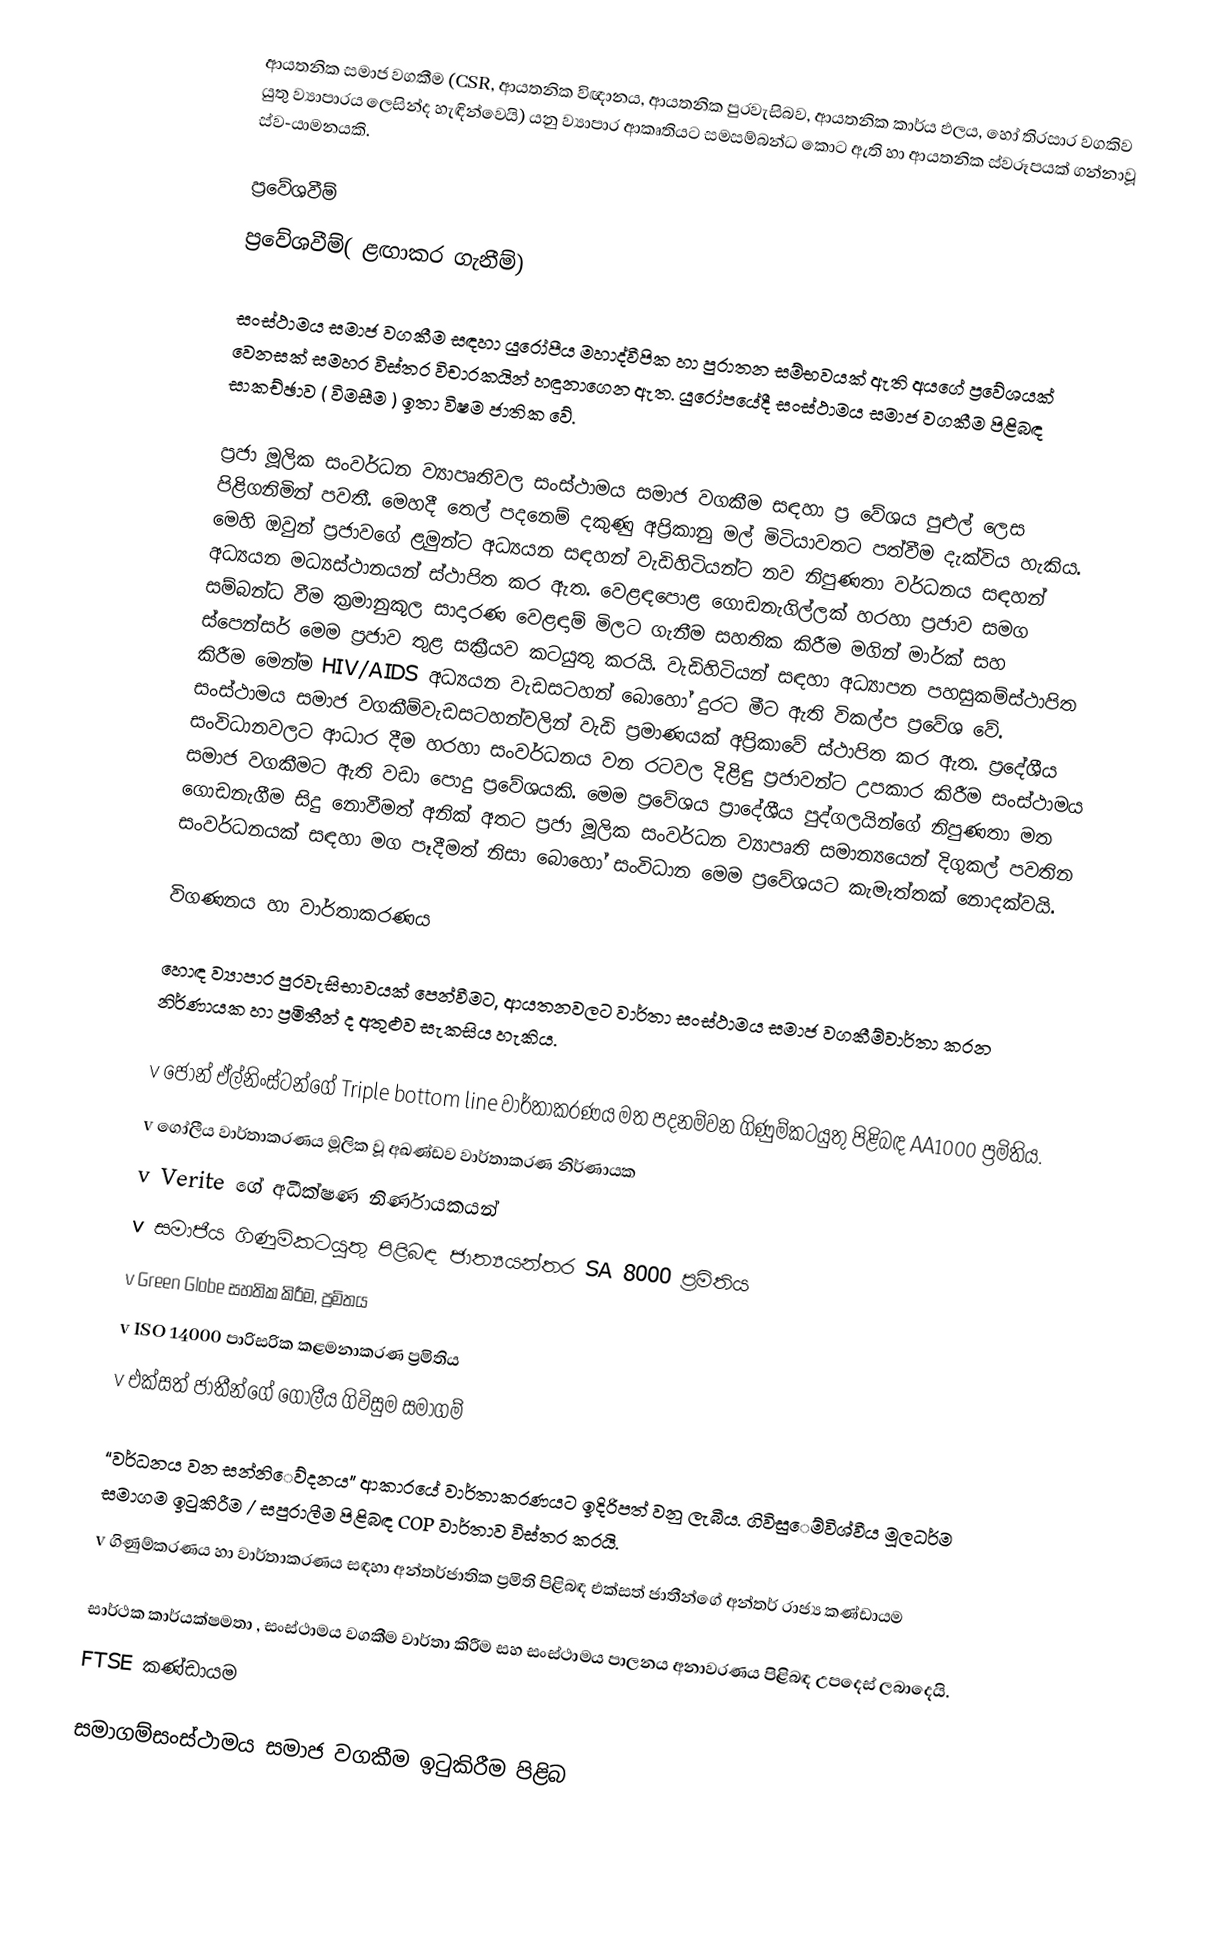
ආයතනික සමාජ වගකීම (CSR,  ආයතනික විඥානය, ආයතනික පුරවැසිබව, ආයතනික කාර්ය ඵලය, හෝ තිරසාර වගකිව යුතු ව්‍යාපාරය ලෙසින්ද හැඳින්වෙයි) යනු   ව්‍යාපාර ආකෘතියට සමසම්බන්ධ කොට ඇති හා  ආයතනික ස්වරූපයක් ගන්නාවූ ස්ව-යාමනයකි.

ප්‍රවේශවීම්‍
ප්‍රවේශවීම්‍( ළඟාකර ගැනීම්‍)

සංස්ථාමය සමාජ වගකීම සඳහා යුරෝපීය මහාද්වීපික හා පුරාතන සම්‍භවයක් ඇති අයගේ ප්‍ර‍වේශයක් වෙනසක් සමහර විස්තර විචාරකයින් හඳුනාගෙන ඇත. යුරෝපයේදී සංස්ථාමය සමාජ වගකීම පිළිබඳ සාකච්‍ඡාව ( විමසීම ) ඉතා විෂම ජාතික ‍වේ.

ප්‍රජා මූලික සංවර්ධන ව්‍යාපෘතිවල සංස්ථාමය සමාජ වගකීම සඳහා ප්‍ර‍ වේශය පුළුල් ලෙස පිළිගනිමින් පවතී. මෙහදී තෙල් පදන‍ෙම් දකුණු අප්‍රිකානු මල් මිටියාවතට පත්වීම දැක්විය හැකිය. මෙහි ඔවුන් ප්‍රජාවගේ ළමුන්ට අධ්‍යයන සඳහන් වැඩිහිටියන්ට නව නිපුණතා වර්ධනය සඳහන් අධ්‍යයන මධ්‍යස්ථානයන් ස්ථාපිත කර ඇත. වෙළඳපොළ ගොඩනැගිල්ලක් හරහා ප්‍රජාව සමග සම්‍බන්ධ වීම ක්‍රමානුකූල සාදාරණ වෙළඳාම්‍ මිලට ගැනීම සහතික කිරීම මගින් මාර්ක් සහ ස්පෙන්සර් මෙම ප්‍රජාව තුළ සක්‍රීයව කටයුතු කරයි. වැඩිහිටියන් සඳහා අධ්‍යාපන පහසුකම්‍ස්ථාපිත කිරීම මෙන්ම HIV/AIDS අධ්‍යයන වැඩසටහන් බොහෝ දුරට මීට ඇති විකල්ප ප්‍ර‍වේශ ‍වේ.  සංස්ථාමය සමාජ වගකීම්‍වැඩසටහන්වලින් වැඩි ප්‍රමාණයක් අප්‍රිකා‍‍වේ  ස්ථාපිත කර ඇත. ප්‍රදේශීය සංවිධානවලට ආධාර දීම හරහා සංවර්ධනය වන රටවල දිළිඳු ප්‍රජාවන්ට උපකාර කිරීම සංස්ථාමය සමාජ වගකීමට ඇති වඩා පොදු ප්‍රවේශයකි. මෙම ප්‍ර‍වේශය ප්‍රාදේශීය පුද්ගලයින්ගේ නිපුණතා මත ගොඩනැගීම සිදු නොවීමත් අනික් අතට ප්‍රජා මූලික සංවර්ධන ව්‍යාපෘති සමාන්‍යයෙන් දිගුකල් පවතින සංවර්ධනයක් සඳහා මග පෑදීමත් නිසා බොහෝ සංවිධාන මෙම ප්‍ර‍වේශයට කැමැත්තක් නොදක්වයි.

විගණනය හා වාර්තාකරණය

හොඳ ව්‍යාපාර පුරවැසිභාවයක් පෙන්වීමට, ආයතනවලට වාර්තා සංස්ථාමය සමාජ වගකීම්‍වාර්තා කරන නිර්ණායක හා ප්‍රමිතීන් ද අතුළුව සැකසිය හැකිය.

v	ජොන් ඒල්නිංස්ටන්ගේ  Triple bottom line  වාර්තාකරණය මත පදනම්‍වන ගිණුම්‍කටයුතු පිළිබඳ AA1000 ප්‍රමිතිය.
v	ගෝලීය වාර්තාකරණය මූලික වූ අඛණ්ඩව වාර්තාකරණ නිර්ණායක
v	Verite ගේ අධීක්ෂණ නිර්ණායකයන්
v	සමාජීය ගිණුම්‍කටයුතු  පිළිබඳ ජාත්‍යයන්තර               SA 8000 ප්‍රමිතිය
v	Green Globe සහතික කිරීම, ප්‍රමිතය
v	ISO 14000 පාරිසරික කළමනාකරණ ප්‍රමිතිය
v	එක්සත් ජාතීන්ගේ ගෝලීය ගිවිසුම සමාගම්‍

“වර්ධනය වන සන්නි‍ෙව්‍දනය”  ආකාරයේ වාර්තාකරණයට ඉදිරිපත් වනු ලැබීය. ගිවිසු‍ෙම්‍විශ්වීය මූලධර්ම සමාගම ඉටුකිරීම / සපුරාලීම පිළිබඳ COP වාර්තාව විස්තර කරයි.
v	ගිණුම්‍කරණය හා වාර්තාකරණය සඳහා අන්තර්ජාතික ප්‍රමිති පිළිබඳ එක්සත් ජාතීන්ගේ අන්තර් රාජ්‍ය කණ්ඩායම

සාර්ථක කාර්යක්ෂමතා , සංස්ථාමය වගකීම වාර්තා කිරීම සහ සංස්ථාමය පාලනය අනාවරණය පිළිබඳ උපදෙස් ලබාදෙයි.
FTSE කණ්ඩායම

සමාගම්‍සංස්ථාමය සමාජ වගකීම ඉටුකිරීම පිළිබ